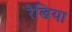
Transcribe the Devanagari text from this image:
रेखिया